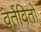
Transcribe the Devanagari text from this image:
वर्तवितो